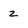
Character: 2